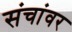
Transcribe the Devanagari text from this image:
संचांवर